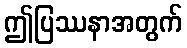
ဤပြဿနာအတွက်